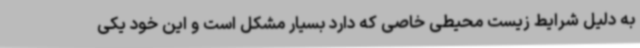
به دلیل شرایط زیست محیطی خاصی که دارد بسیار مشکل است و این خود یکی